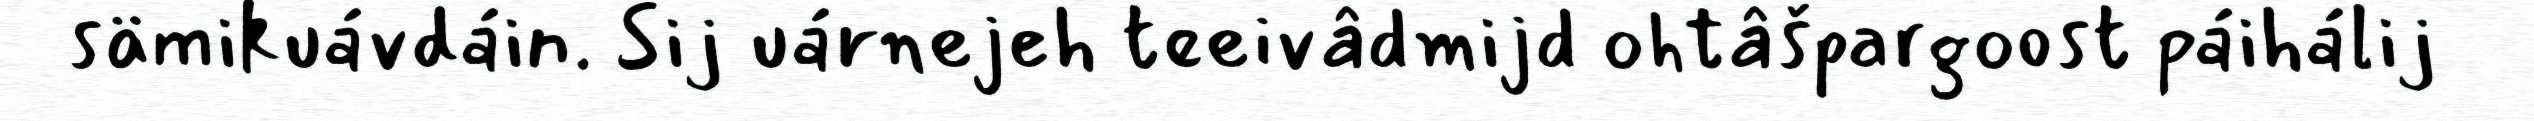
sämikuávdáin. Sij uárnejeh teeivâdmijd ohtâšpargoost páihálij